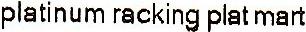
PLATINUM RACKING PLAT MART